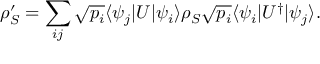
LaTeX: \rho _ { S } ^ { \prime } = \sum _ { i j } { \sqrt { p _ { i } } } \langle \psi _ { j } | U | \psi _ { i } \rangle \rho _ { S } { \sqrt { p _ { i } } } \langle \psi _ { i } | U ^ { \dagger } | \psi _ { j } \rangle .